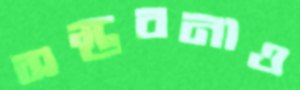
সম্ভবনাও